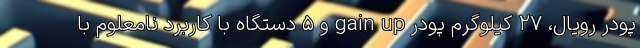
پودر رویال، ۲۷ کیلوگرم پودر gain up و ۵ دستگاه با کاربرد نامعلوم با